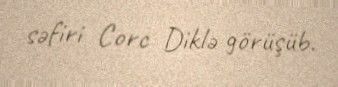
səfiri Corc Diklə görüşüb.